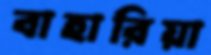
বাহারিয়া